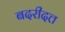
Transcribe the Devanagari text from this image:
बदरीदत्त